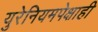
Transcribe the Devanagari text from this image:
युरेनियमपेक्षाही